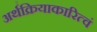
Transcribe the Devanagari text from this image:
अर्थक्रियाकारित्वं